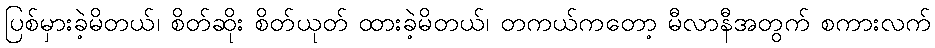
ပြစ်မှားခဲ့မိတယ်၊ စိတ်ဆိုး စိတ်ယုတ် ထားခဲ့မိတယ်၊ တကယ်ကတော့ မီလာနီအတွက် စကားလက်